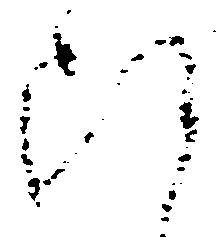
断